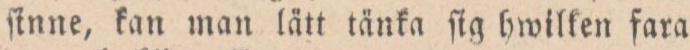
ſinne, kan man lätt tänka ſig hwilken fara